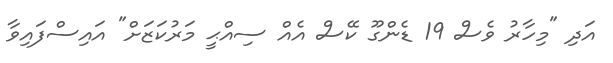
އަދި "މިހާރު ވެސް 19 ޑެންގޫ ކޭސް އެއް ސިއްޙީ މަރުކަޒަށް" އައިސްފައިވާ